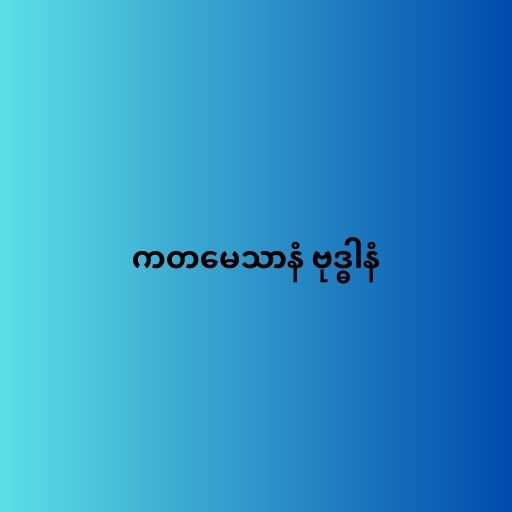
ကတမေသာနံ ဗုဒ္ဓါနံ